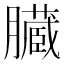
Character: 臓